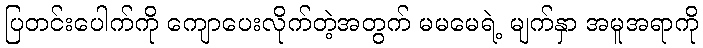
ပြတင်းပေါက်ကို ကျောပေးလိုက်တဲ့အတွက် မမမေရဲ့ မျက်နှာ အမူအရာကို